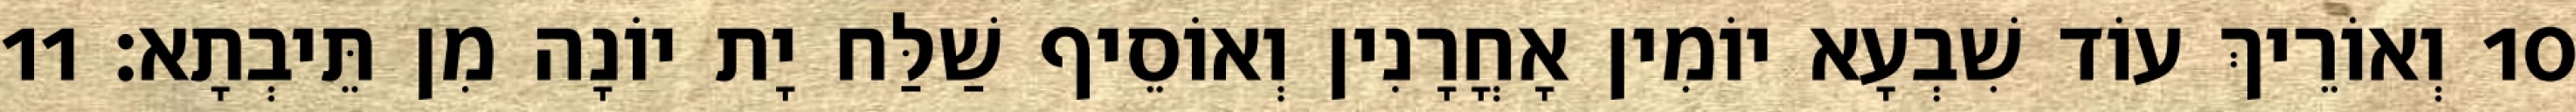
10 וְאוֹרֵיךְ עוֹד שִׁבְעָא יוֹמִין אָחֳרָנִין וְאוֹסֵיף שַׁלַּח יָת יוֹנָה מִן תֵּיבְתָא׃ 11